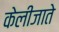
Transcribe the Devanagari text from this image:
केलीजाते